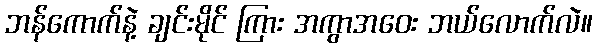
ဘန်ကောက်နဲ့ ချင်းမိုင် ကြား အကွာအဝေး ဘယ်လောက်လဲ။